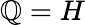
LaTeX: \mathbb{Q}=H